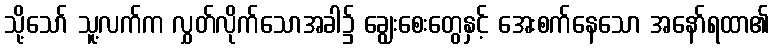
သို့သော် သူ့လက်က လွှတ်လိုက်သောအခါ၌ ချွေးစေးတွေနှင့် အေးစက်နေသော အနော်ရထာ၏